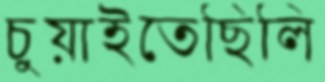
চুয়াইতেছিলি